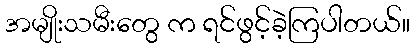
အမျိုးသမီးတွေ က ရင်ဖွင့်ခဲ့ကြပါတယ်။